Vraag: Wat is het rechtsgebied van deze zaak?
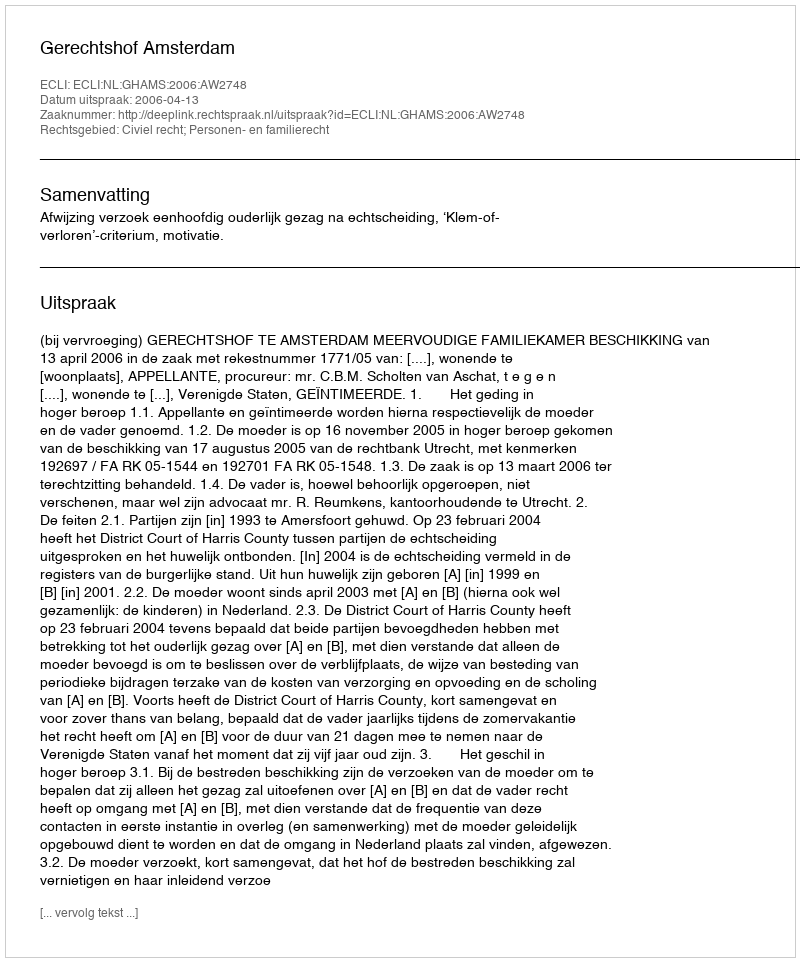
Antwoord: Civiel recht; Personen- en familierecht